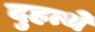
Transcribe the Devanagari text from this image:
दुहत्थे